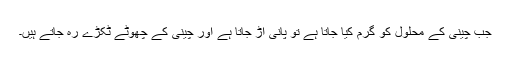
جب چینی کے محلول کو گرم کیا جاتا ہے تو پانی اڑ جاتا ہے اور چینی کے چھوٹے ٹکڑے رہ جاتے ہیں۔